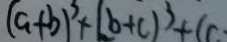
( a + b ) ^ { 3 } + ( b + c ) ^ { 3 } + ( c